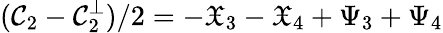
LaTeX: (\mathcal{C}_{2}-\mathcal{C}_{2}^{\perp})/2=-\mathfrak{X}_{3}-\mathfrak{X}_{4}+\Psi_{3}+\Psi_{4}